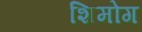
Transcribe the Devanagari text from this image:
शिमोग